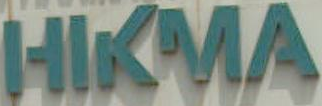
HIKMA